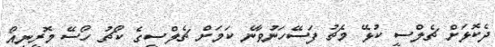
ދެކޮޅަށް ޗެލްސީ ކުޅޭ މެޗު ފަސޭހަނުވާނެ ކަމަށް ޗެލްސީގެ ކޯޗު ހޯސޭ މޮރީނިއޯ